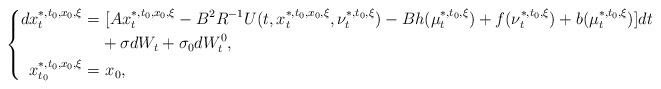
LaTeX: \begin{align*}\left\{\begin{aligned}dx_t^{*,t_0,x_0,\xi}=&~[Ax_t^{*,t_0,x_0,\xi}-B^2R^{-1}U(t,x_t^{*,t_0,x_0,\xi},\nu_t^{*,t_0,\xi})-Bh(\mu_t^{*,t_0,\xi})+f(\nu_t^{*,t_0,\xi})+b(\mu_t^{*,t_0,\xi})]dt\\&+\sigma dW_t+\sigma_0dW^0_t,\\x_{t_0}^{*,t_0,x_0,\xi}=&~x_0,\end{aligned}\right.\end{align*}